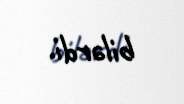
bilərdi.